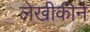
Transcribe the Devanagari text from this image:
लेखीकीने